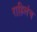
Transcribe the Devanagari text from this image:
राहिलंच